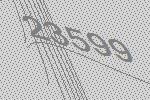
23599